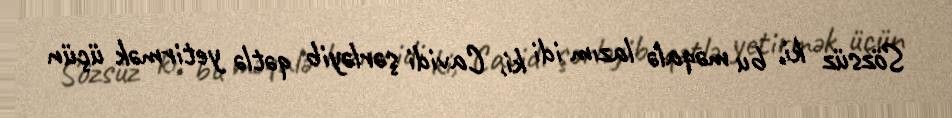
Sözsüz ki, bu məqalə lazım idi ki, Cavidi şərləyib qətlə yetirmək üçün